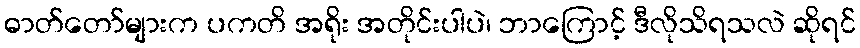
ဓာတ်တော်များက ပကတိ အရိုး အတိုင်းပါပဲ၊ ဘာကြောင့် ဒီလိုသိရသလဲ ဆိုရင်